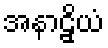
အနာဠှိယံ